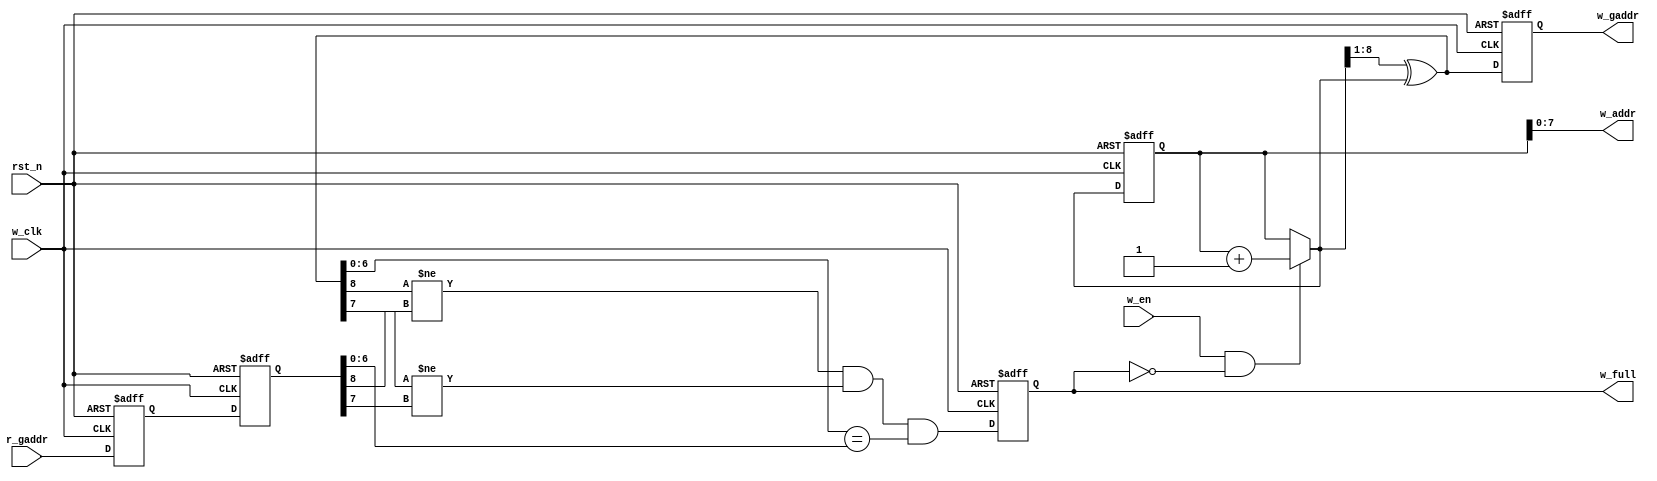
module w_ctrl(
       input wire w_clk, //Write Clock
       input wire rst_n,
       input wire w_en,
       
       input wire [8:0]r_gaddr,
     
       output reg   w_full,
       output wire [7:0]w_addr,
       output reg  [8:0]w_gaddr
);

reg [8:0]r_gaddr_1d;
reg [8:0]r_gaddr_2d;

reg [8:0]w_addr_bin_wire;
reg [8:0]w_addr_bin;

wire [8:0]w_gaddr_wire;



always @(w_en or w_full or w_addr_bin)
begin
 if((w_en==1'b1)&&(w_full==1'b0))
   w_addr_bin_wire=w_addr_bin+9'd1;
 else
   w_addr_bin_wire=w_addr_bin;
end

always @(posedge w_clk or negedge rst_n)
begin
	if(rst_n==1'b0)
	  	w_addr_bin<=9'd0;
	else 
      w_addr_bin<=w_addr_bin_wire;
end

assign w_addr = w_addr_bin[7:0];

assign w_gaddr_wire = {1'b0,w_addr_bin_wire[8:1]}^w_addr_bin_wire;
always @(posedge w_clk or negedge rst_n)
begin
	if(rst_n==1'b0)
	  	w_gaddr<=9'd0;
	else
      w_gaddr<=w_gaddr_wire;
end

always @(posedge w_clk or negedge rst_n)
begin
	if(rst_n==1'b0)
	  begin
	  	r_gaddr_1d<=9'd0;
	    r_gaddr_2d<=9'd0;
	  end
	else
	  begin
	    r_gaddr_1d<=r_gaddr;
	    r_gaddr_2d<=r_gaddr_1d;
	  end
end

always @(posedge w_clk or negedge rst_n)
begin
	if(rst_n==1'b0)
	  w_full<=1'b0;
	else
	  w_full<= ( (w_gaddr_wire[8]!=r_gaddr_2d[8])&&(w_gaddr_wire[7]!=r_gaddr_2d[7])&&(w_gaddr_wire[6:0]==r_gaddr_2d[6:0]) );
end

endmodule